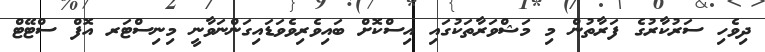
ދިވެހި ސަރުކާރުގެ ފަރާތުން މި މަޝްވަރާތަކުގައި އިސްކޮށް ބައިވެރިވެވަޑައިގަންނަވާނީ މިނިސްޓަރ އޮފް ސްޓޭޓް